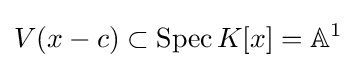
V(x-c)\subset \operatorname {Spec} K[x]=\mathbb {A} ^{1}